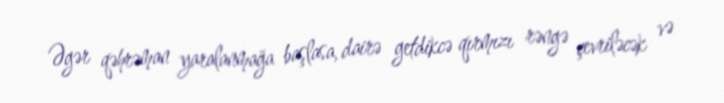
Əgər qəhrəman yaralanmağa başlasa, dairə getdikcə qırmızı rəngə çevriləcək və